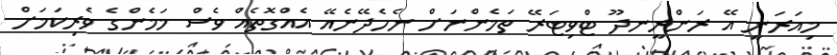
މިއަރަނީ އޭ ރަންރީނދޫ ޓްވިޓަރޭ ތަމެންނަށް ނެހެދޭނެއޭ އެއްގޮތެއް ވެސް މަމެންގެ ވެރިކަމަަށް